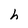
Character: h